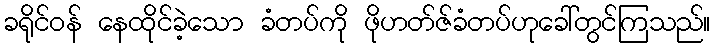
ခရိုင်ဝန် နေထိုင်ခဲ့သော ခံတပ်ကို ဖိုဟတ်ဇ်ခံတပ်ဟုခေါ်တွင်ကြသည်။